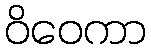
ဝိဝေကာ